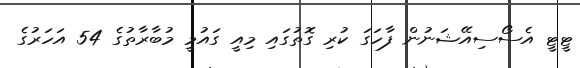
ޓީޓީ އެސޯސިއޭޝަނުން ފާހަގަ ކުރި ގޮތުގައި މިއީ ގައުމީ މުބާރާތުގެ 54 އަހަރުގެ